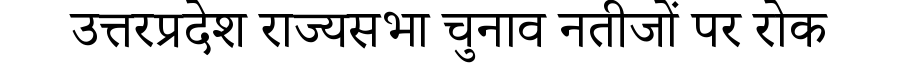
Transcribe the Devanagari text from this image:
उत्तरप्रदेश राज्यसभा चुनाव नतीजों पर रोक